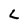
Character: L